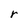
Character: r